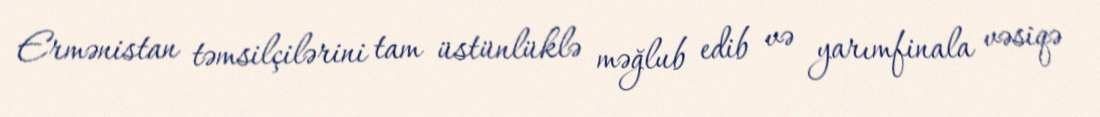
Ermənistan təmsilçilərini tam üstünlüklə məğlub edib və yarımfinala vəsiqə